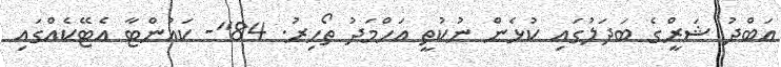
އަބްދު ޝަރީްގެ ބަދަލުގައި ކުޅެން ނުކުތީ އަހްމަދު ތޯހިރު. 84"- ކައުންޓާ އެޓޭކެއްގައި